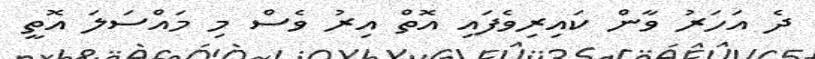
ދެ އަހަރު ވާން ކައިރިވެފައި އޮތް އިރު ވެސް މި މައްސަލަ އޮތީ